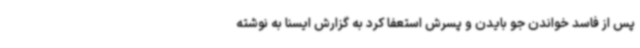
پس از فاسد خواندن جو بایدن و پسرش استعفا کرد به گزارش ایسنا به نوشته